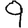
Digit: 9